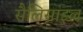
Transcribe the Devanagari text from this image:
सैलिसाइल